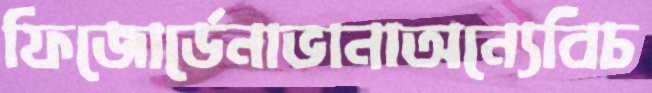
ফিজোর্ডেনাভানাঅন্যেবিচ